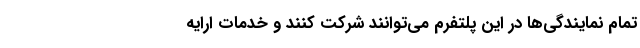
تمام نمایندگی‌ها در این پلتفرم می‌توانند شرکت کنند ‌و خدمات ارایه